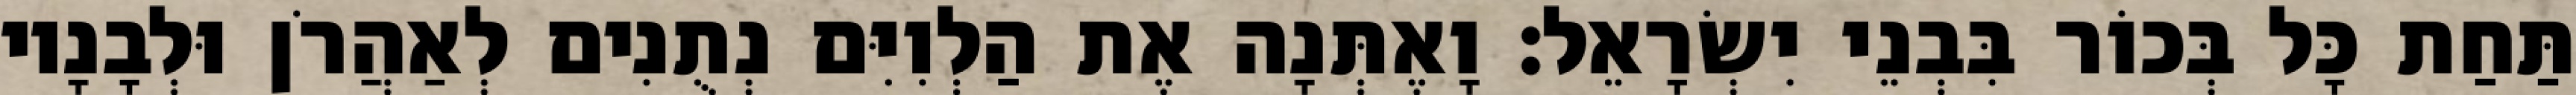
תַּחַת כָּל בְּכוֹר בִּבְנֵי יִשְׂרָאֵל׃ וָאֶתְּנָה אֶת הַלְוִיִּם נְתֻנִים לְאַהֲרֹן וּלְבָנָיו